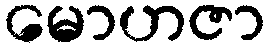
မောဟဇာ